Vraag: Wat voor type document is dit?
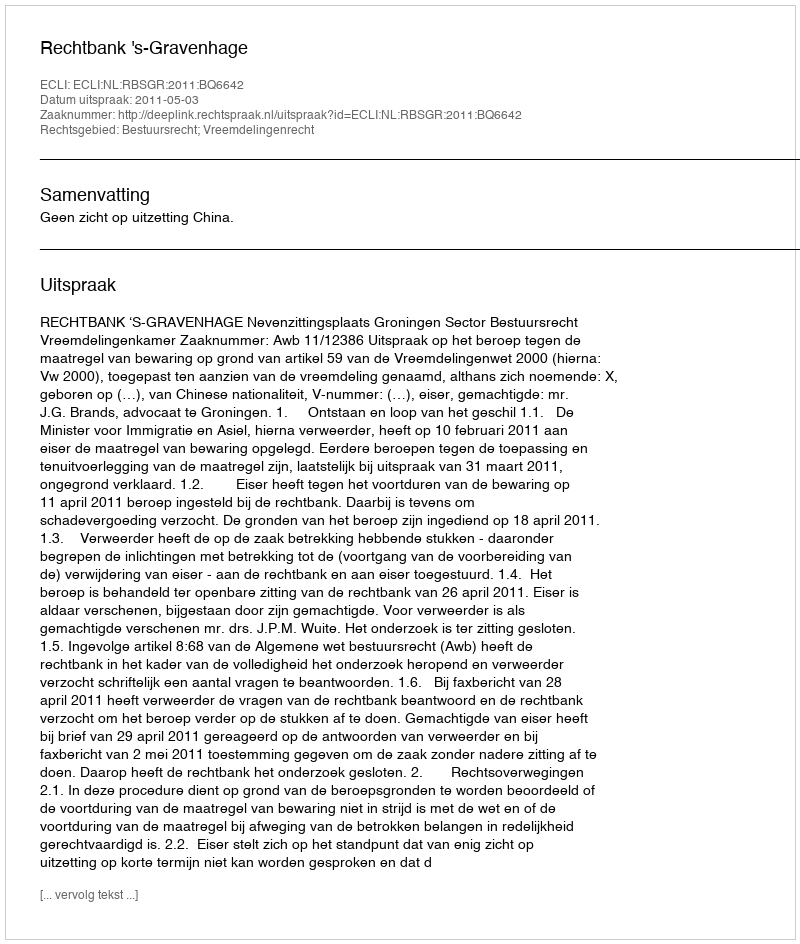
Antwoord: Uitspraak